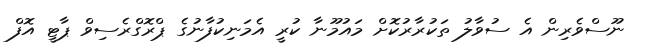
ނޫސްވެރިން އެ ސުވާލު ތަކުރާރުކޮށް މައުމޫނާ ކުރީ އެމަނިކުފާނުގެ ޕްރޮގްރެސިވް ޕާޓީ އޮފް